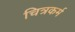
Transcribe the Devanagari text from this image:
चित्रकर्म